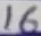
Text: 16